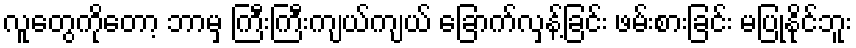
လူတွေကိုတော့ ဘာမှ ကြီးကြီးကျယ်ကျယ် ခြောက်လှန့်ခြင်း ဖမ်းစားခြင်း မပြုနိုင်ဘူး